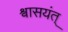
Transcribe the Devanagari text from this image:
श्वासयंत्